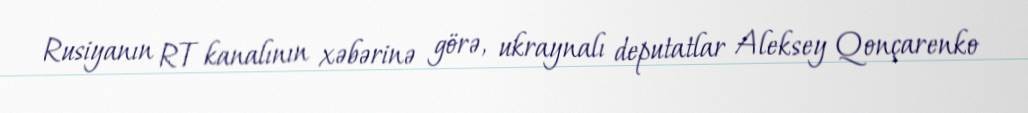
Rusiyanın RT kanalının xəbərinə görə, ukraynalı deputatlar Aleksey Qonçarenko